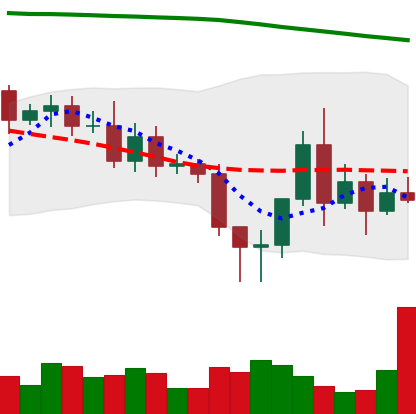
Ticker: ETC-USD
Chart end date: 2020-11-11
Forward return: 4.377%
Label: up_3_5